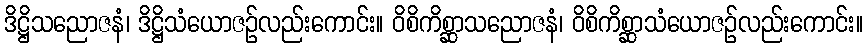
ဒိဋ္ဌိသညောဇနံ၊ ဒိဋ္ဌိသံယောဇဉ်လည်းကောင်း။ ဝိစိကိစ္ဆာသညောဇနံ၊ ဝိစိကိစ္ဆာသံယောဇဉ်လည်းကောင်း။